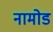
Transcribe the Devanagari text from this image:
नामोड